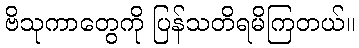
ဗိသုကာတွေကို ပြန်သတိရမိကြတယ်။